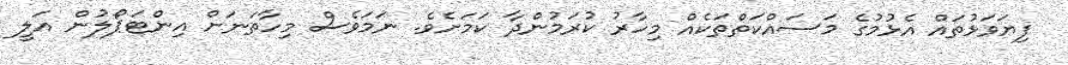
ފިޔަވަޅުތައް އެޅުމުގެ މަސައްކަތްތަކެއް މިހާރު ކުރަމުންދާ ކަމަށެވެ. ނަމަވެސް މިހާތަނަށް އިންޓަޕޯލުން އަލީ